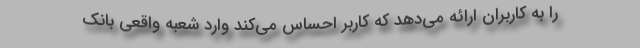
را به کاربران ارائه می‌دهد که کاربر احساس می‌کند وارد شعبه واقعی بانک